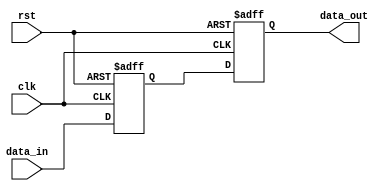
module pulse_synchronizer (
    input wire clk,                 // input clock signal
    input wire rst,                 // input reset signal
    input wire [7:0] data_in,       // input data signal
    output reg [7:0] data_out       // output synchronized data signal
    );

    reg [7:0] data_latch;            // data latch for synchronizing input data

    always @(posedge clk or posedge rst) begin
        if (rst) begin
            data_latch <= 8'b0;     // reset data latch
            data_out <= 8'b0;       // reset output data
        end else begin
            data_latch <= data_in;  // latch input data on clock edge
            data_out <= data_latch; // output synchronized data
        end
    end

endmodule